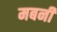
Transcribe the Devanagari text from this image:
मबनी